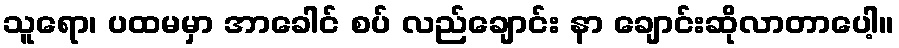
သူရော၊ ပထမမှာ အာခေါင် စပ် လည်ချောင်း နာ ချောင်းဆိုလာတာပေါ့။